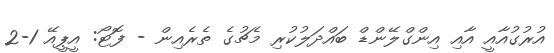
އުރުގުއާއީ އާއި އިންގްލޭންޑް ބައްދަލުކުރި މެޗުގެ ތެރެއިން - ފޮޓޯ: އީޕީއޭ 1-2